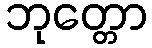
ဘုတ္တော